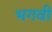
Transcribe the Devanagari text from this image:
भगवीं